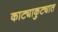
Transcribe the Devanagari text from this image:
काट्याकुट्यात